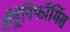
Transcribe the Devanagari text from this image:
अँड्रेनिफॉर्मिस